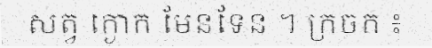
សត្វ ក្ងោក មែនទែន ។ ក្រចក ៖